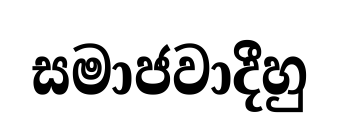
සමාජවාදීහු